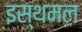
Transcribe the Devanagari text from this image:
इस्थमल